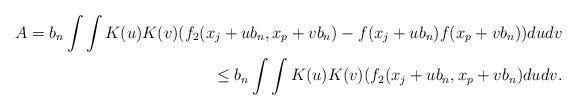
\begin{align*}A=b_{n}\int\int K(u)K(v)(f_{2}(x_{j}+ub_{n},x_{p}+vb_{n})-f(x_{j}+ub_{n})f(x_{p}+vb_{n}))dudv\\\leq b_{n}\int\int K(u)K(v)(f_{2}(x_{j}+ub_{n},x_{p}+vb_{n})dudv.\end{align*}